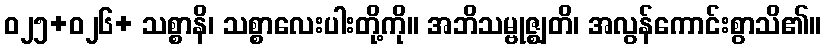
ဝ၂၅+၀၂၆+ သစ္စာနိ၊ သစ္စာလေးပါးတို့ကို။ အဘိသမ္ဗုဇ္ဈတိ၊ အလွန်ကောင်းစွာသိ၏။